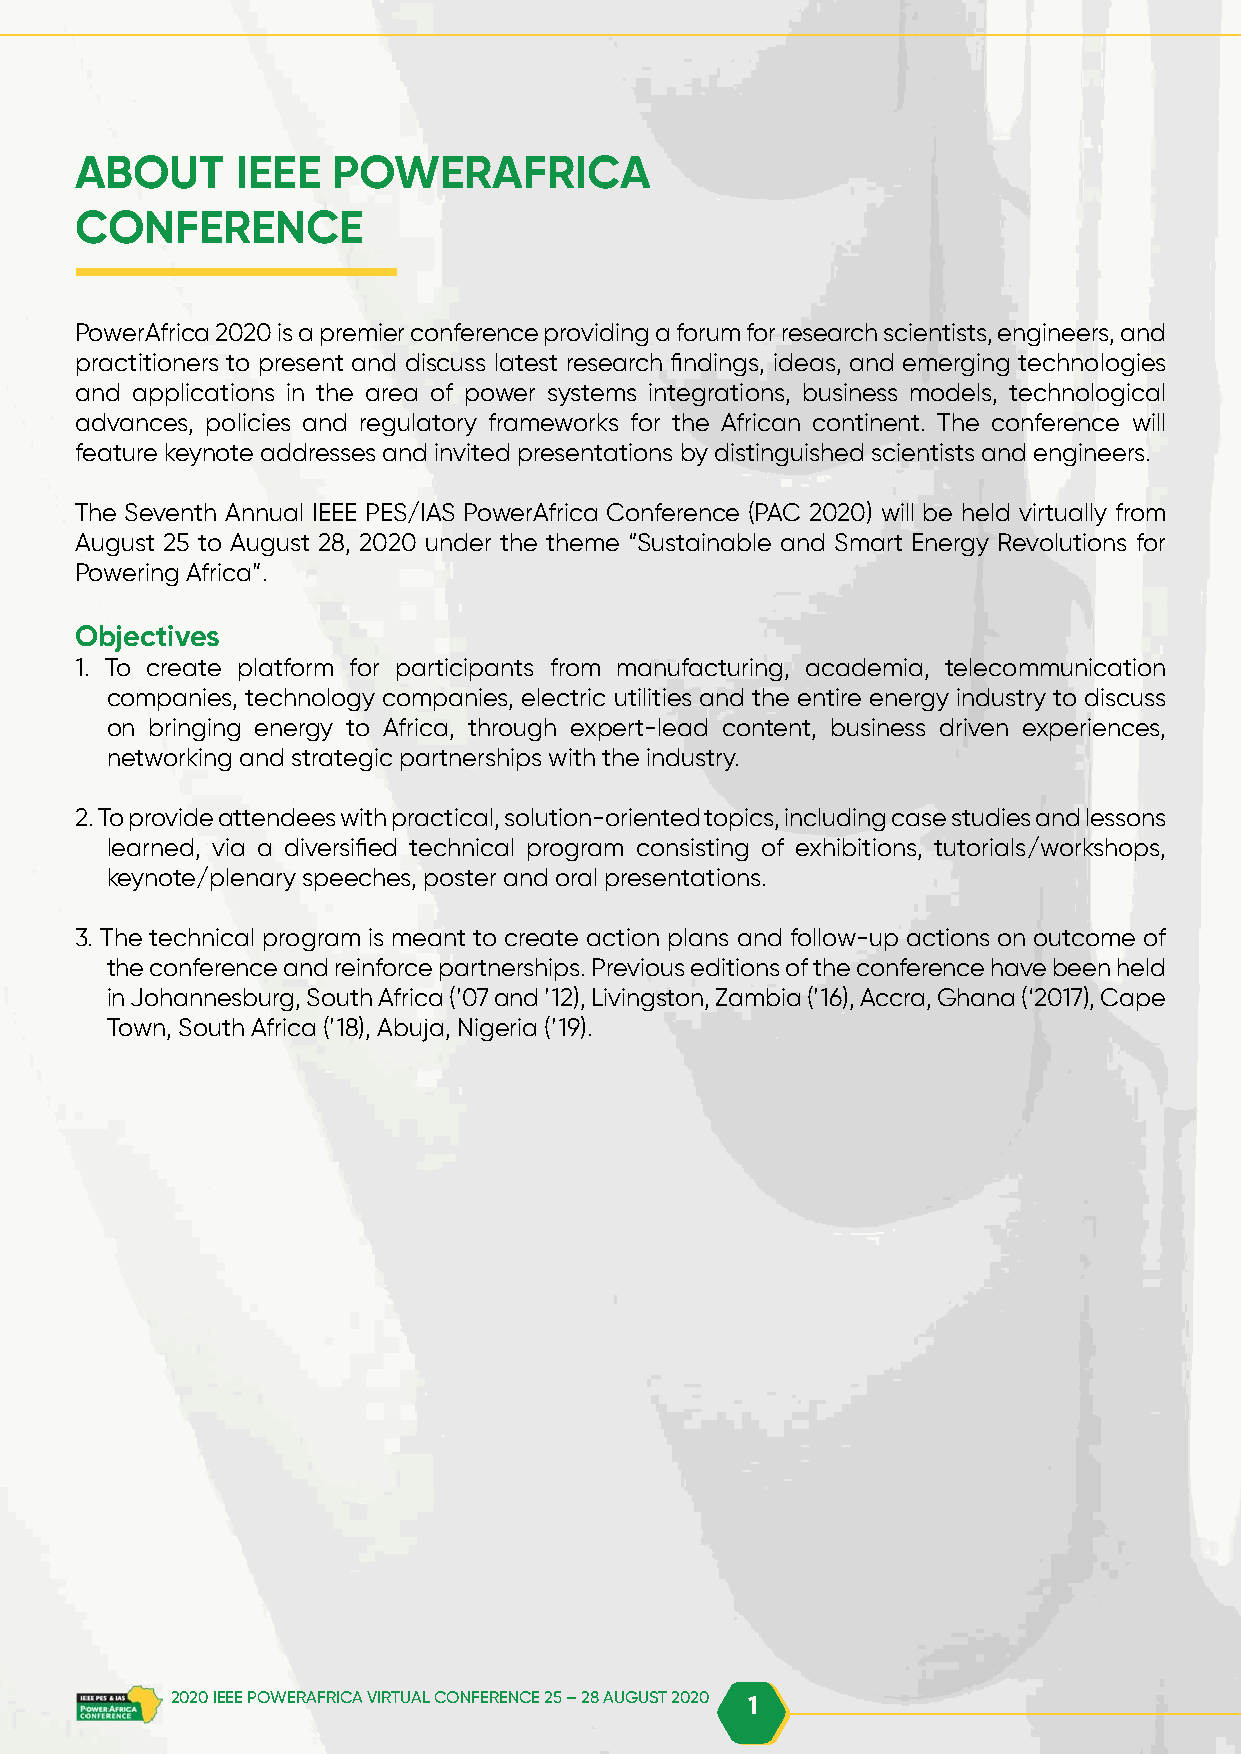
ABOUT      IEEE  POWERAFRICA
 CONFERENCE
 PowerAfrica 2020 is a premier conference providing a forum for research scientists, engineers, and
 practitioners to present and discuss latest research findings, ideas, and emerging technologies
 and applications in the area of power systems integrations, business models, technological
 advances, policies and regulatory frameworks for the African continent. The conference will
 feature keynote addresses and invited presentations by distinguished scientists and engineers.
 The Seventh Annual IEEE PES/IAS PowerAfrica Conference (PAC 2020) will be held virtually from
 August 25 to August 28, 2020 under the theme “Sustainable and Smart Energy Revolutions for
 Powering Africa”.
 Objectives
 1. To create platform for participants from manufacturing, academia, telecommunication
 companies, technology companies, electric utilities and the entire energy industry to discuss
 on bringing energy to Africa, through expert-lead content, business driven experiences,
 networking and strategic partnerships with the industry.
 2. To provide attendees with practical, solution-oriented topics, including case studies and lessons
 learned, via a diversified technical program consisting of exhibitions, tutorials/workshops,
 keynote/plenary speeches, poster and oral presentations.
 3. The technical program is meant to create action plans and follow-up actions on outcome of
 the conference and reinforce partnerships. Previous editions of the conference have been held
 in Johannesburg, South Africa (’07 and ’12), Livingston, Zambia (’16), Accra, Ghana (‘2017), Cape
 Town, South Africa (’18), Abuja, Nigeria (’19).
 2020 IEEE POWERAFRICA VIRTUAL CONFERENCE 25 – 28 AUGUST 2020 1